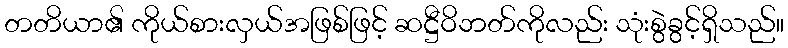
တတိယာ၏ ကိုယ်စားလှယ်အဖြစ်ဖြင့် ဆဋ္ဌီဝိဘတ်ကိုလည်း သုံးစွဲခွင့်ရှိသည်။